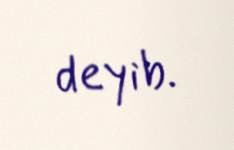
deyib.